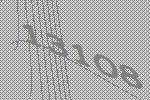
13108